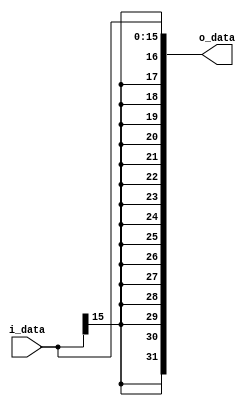
module sign_extender(
	i_data, 
	o_data
);

input	[15:0]	i_data;
output	[31:0]	o_data;

assign o_data = {{16{i_data[15]}}, i_data};

endmodule